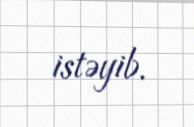
istəyib.